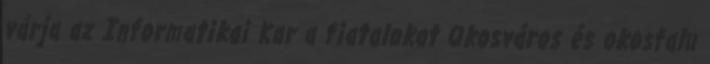
várja az Informatikai Kar a fiatalokat Okosváros és okosfalu